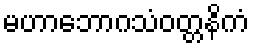
မဟာဘောဂသံဝတ္တနိကံ